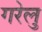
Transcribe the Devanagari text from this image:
गरेलु